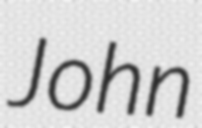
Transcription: John